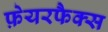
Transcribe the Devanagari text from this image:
फ़ेयरफैक्स